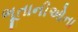
ભૂતાનીઓના